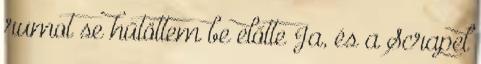
rumot se hűtöttem be előtte Ja, és a Scrapel